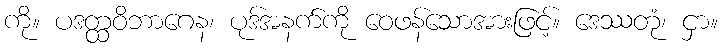
ကို။ ပဒတ္ထဝိဘာဂေန၊ ပုဒ်အနက်ကို ဝေဖန်သောအားဖြင့်။ ဒေဿတုံ၊ ငှာ။